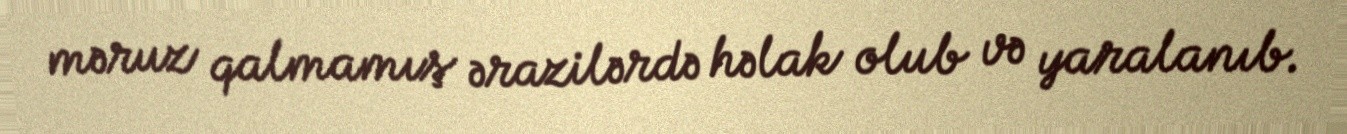
məruz qalmamış ərazilərdə həlak olub və yaralanıb.